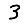
Digit: 3